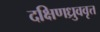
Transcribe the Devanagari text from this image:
दक्षिणध्रुववृत्त